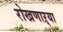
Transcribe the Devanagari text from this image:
रोखणाऱ्या